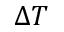
\Delta T